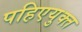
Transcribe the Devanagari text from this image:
पहिएयुक्‍त